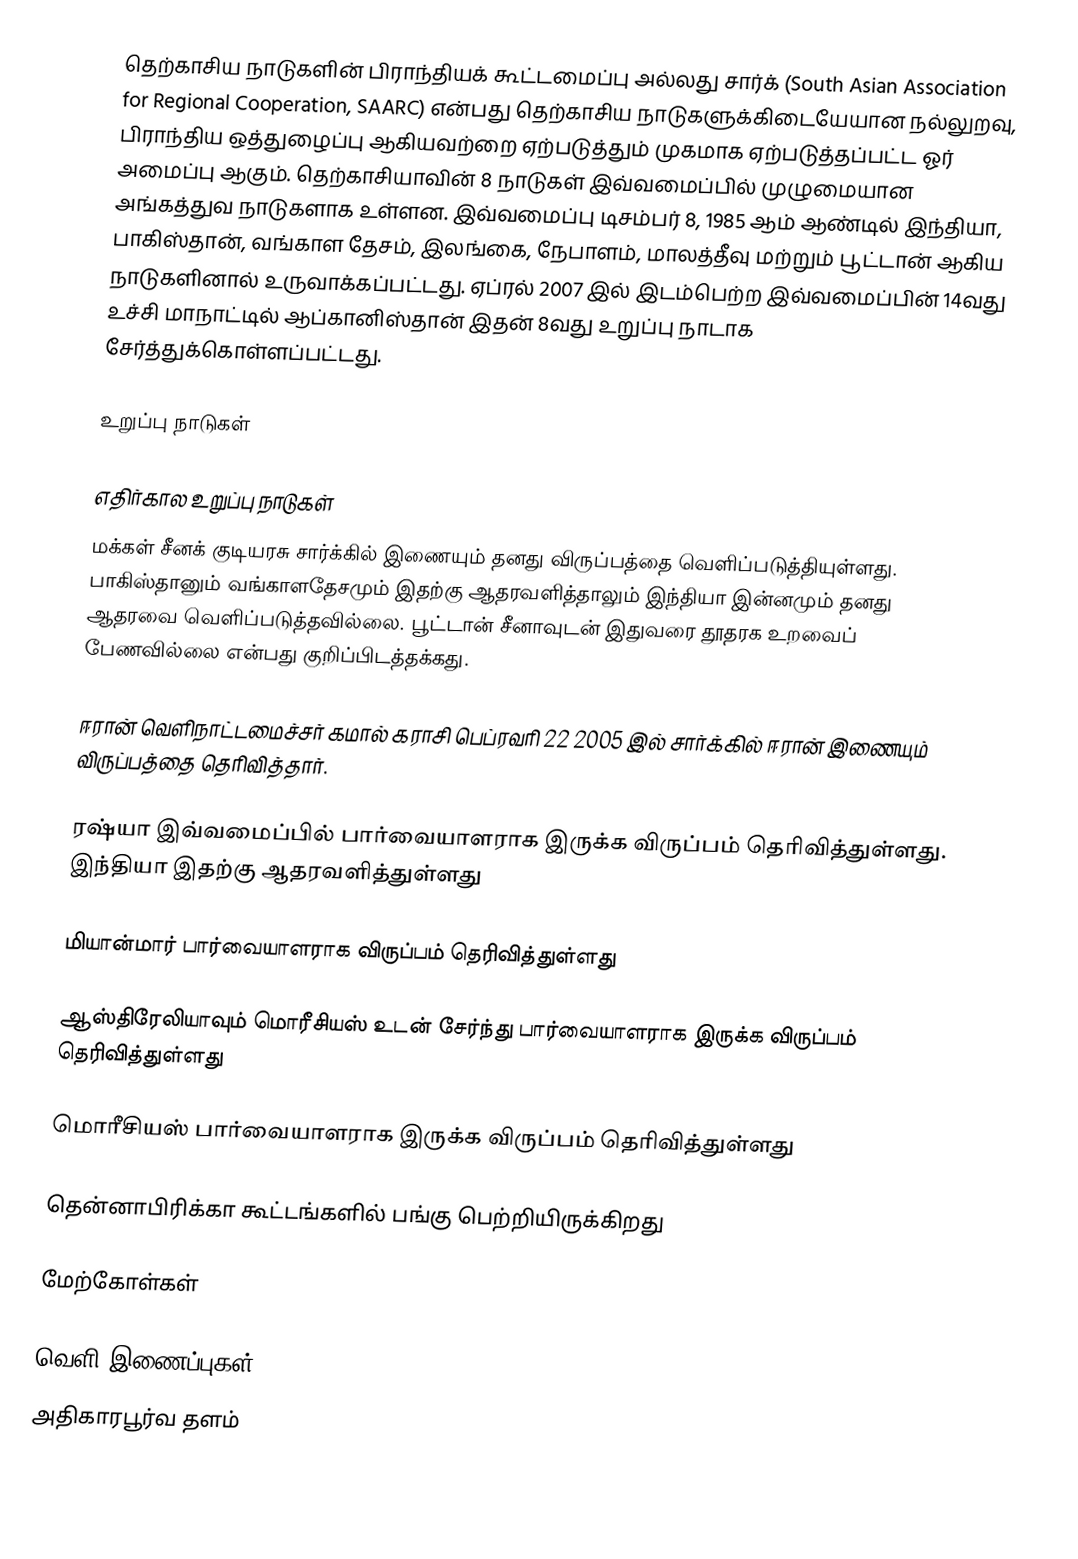
தெற்காசிய நாடுகளின் பிராந்தியக் கூட்டமைப்பு அல்லது சார்க் (South Asian Association for Regional Cooperation, SAARC) என்பது தெற்காசிய நாடுகளுக்கிடையேயான நல்லுறவு, பிராந்திய ஒத்துழைப்பு ஆகியவற்றை ஏற்படுத்தும் முகமாக ஏற்படுத்தப்பட்ட ஓர் அமைப்பு ஆகும். தெற்காசியாவின் 8 நாடுகள் இவ்வமைப்பில் முழுமையான அங்கத்துவ நாடுகளாக உள்ளன. இவ்வமைப்பு டிசம்பர் 8, 1985 ஆம் ஆண்டில் இந்தியா, பாகிஸ்தான், வங்காள தேசம், இலங்கை, நேபாளம், மாலத்தீவு மற்றும் பூட்டான் ஆகிய நாடுகளினால் உருவாக்கப்பட்டது. ஏப்ரல் 2007 இல் இடம்பெற்ற இவ்வமைப்பின் 14வது உச்சி மாநாட்டில் ஆப்கானிஸ்தான் இதன் 8வது உறுப்பு நாடாக சேர்த்துக்கொள்ளப்பட்டது.

உறுப்பு நாடுகள்

எதிர்கால உறுப்பு நாடுகள்
  மக்கள் சீனக் குடியரசு சார்க்கில் இணையும் தனது விருப்பத்தை வெளிப்படுத்தியுள்ளது. பாகிஸ்தானும் வங்காளதேசமும் இதற்கு ஆதரவளித்தாலும் இந்தியா இன்னமும் தனது ஆதரவை வெளிப்படுத்தவில்லை. பூட்டான் சீனாவுடன் இதுவரை தூதரக உறவைப் பேணவில்லை என்பது குறிப்பிடத்தக்கது.

  ஈரான் வெளிநாட்டமைச்சர் கமால் கராசி பெப்ரவரி 22 2005 இல் சார்க்கில் ஈரான் இணையும் விருப்பத்தை தெரிவித்தார்.

  ரஷ்யா இவ்வமைப்பில் பார்வையாளராக இருக்க விருப்பம் தெரிவித்துள்ளது. இந்தியா இதற்கு ஆதரவளித்துள்ளது

  மியான்மார் பார்வையாளராக விருப்பம் தெரிவித்துள்ளது

  ஆஸ்திரேலியாவும் மொரீசியஸ் உடன் சேர்ந்து பார்வையாளராக இருக்க விருப்பம் தெரிவித்துள்ளது

  மொரீசியஸ் பார்வையாளராக இருக்க விருப்பம் தெரிவித்துள்ளது

  தென்னாபிரிக்கா கூட்டங்களில் பங்கு பெற்றியிருக்கிறது

மேற்கோள்கள்

வெளி இணைப்புகள்
 அதிகாரபூர்வ தளம்